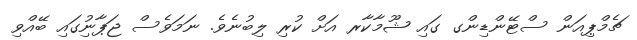
ޗެމްޕިއަން ސްޓޭންޑިންގ ގައި ޝޫމާކާރ އަށް ކުރި ލިބުނެވެ. ނަމަވެސް ޖަޕާނުިގައި ބޭއްވި